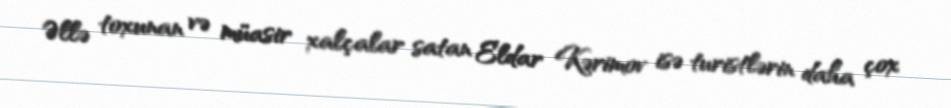
Əllə toxunan və müasir xalçalar satan Eldar Kərimov isə turistlərin daha çox